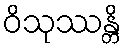
ဝိသုဿန္တိ